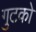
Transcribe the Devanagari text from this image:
गुटको